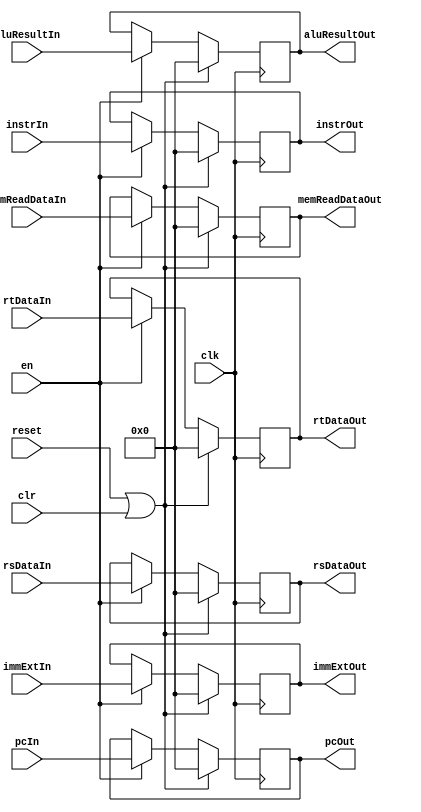
`timescale 1ns / 1ps
//////////////////////////////////////////////////////////////////////////////////
// Company: 
// Engineer: 
// 
// Design Name: 
// Module Name:    E_REG 
// Project Name: 
// Target Devices: 
// Tool versions: 
// Description: 
//
// Dependencies: 
//
// Revision: 
// Revision 0.01 - File Created
// Additional Comments: 
//
//////////////////////////////////////////////////////////////////////////////////
module REG(
    input clk,
    input reset,
    input clr,
	 input en,
    input [31:0] instrIn,
    input [31:0] pcIn,
    input [31:0] immExtIn,
    input [31:0] rsDataIn,
    input [31:0] rtDataIn,
	 input [31:0] aluResultIn,
	 input [31:0] memReadDataIn,
	 
	 output reg [31:0] instrOut,
    output reg [31:0] pcOut,
    output reg [31:0] immExtOut,
    output reg [31:0] rsDataOut,
    output reg [31:0] rtDataOut,
	 output reg [31:0] aluResultOut,
	 output reg [31:0] memReadDataOut
    );
	
	initial begin
		instrOut<=32'd0;
			pcOut<=32'd0;
    		immExtOut<=32'd0;
    		rsDataOut<=32'd0;
    		rtDataOut<=32'd0;
			aluResultOut<=32'd0;
			memReadDataOut<=32'd0;
	end
	always@(posedge clk)
	begin
		if(reset||clr)
		begin
			instrOut<=32'd0;
			pcOut<=32'd0;
    		immExtOut<=32'd0;
    		rsDataOut<=32'd0;
    		rtDataOut<=32'd0;
			aluResultOut<=32'd0;
			memReadDataOut<=32'd0;
		end
		else if(en)
		begin
			instrOut<=instrIn;
			pcOut<=pcIn;
    		immExtOut<=immExtIn;
    		rsDataOut<=rsDataIn;
    		rtDataOut<=rtDataIn;
			aluResultOut<=aluResultIn;
			memReadDataOut<=memReadDataIn;
		end
		else ;
	end
	
endmodule